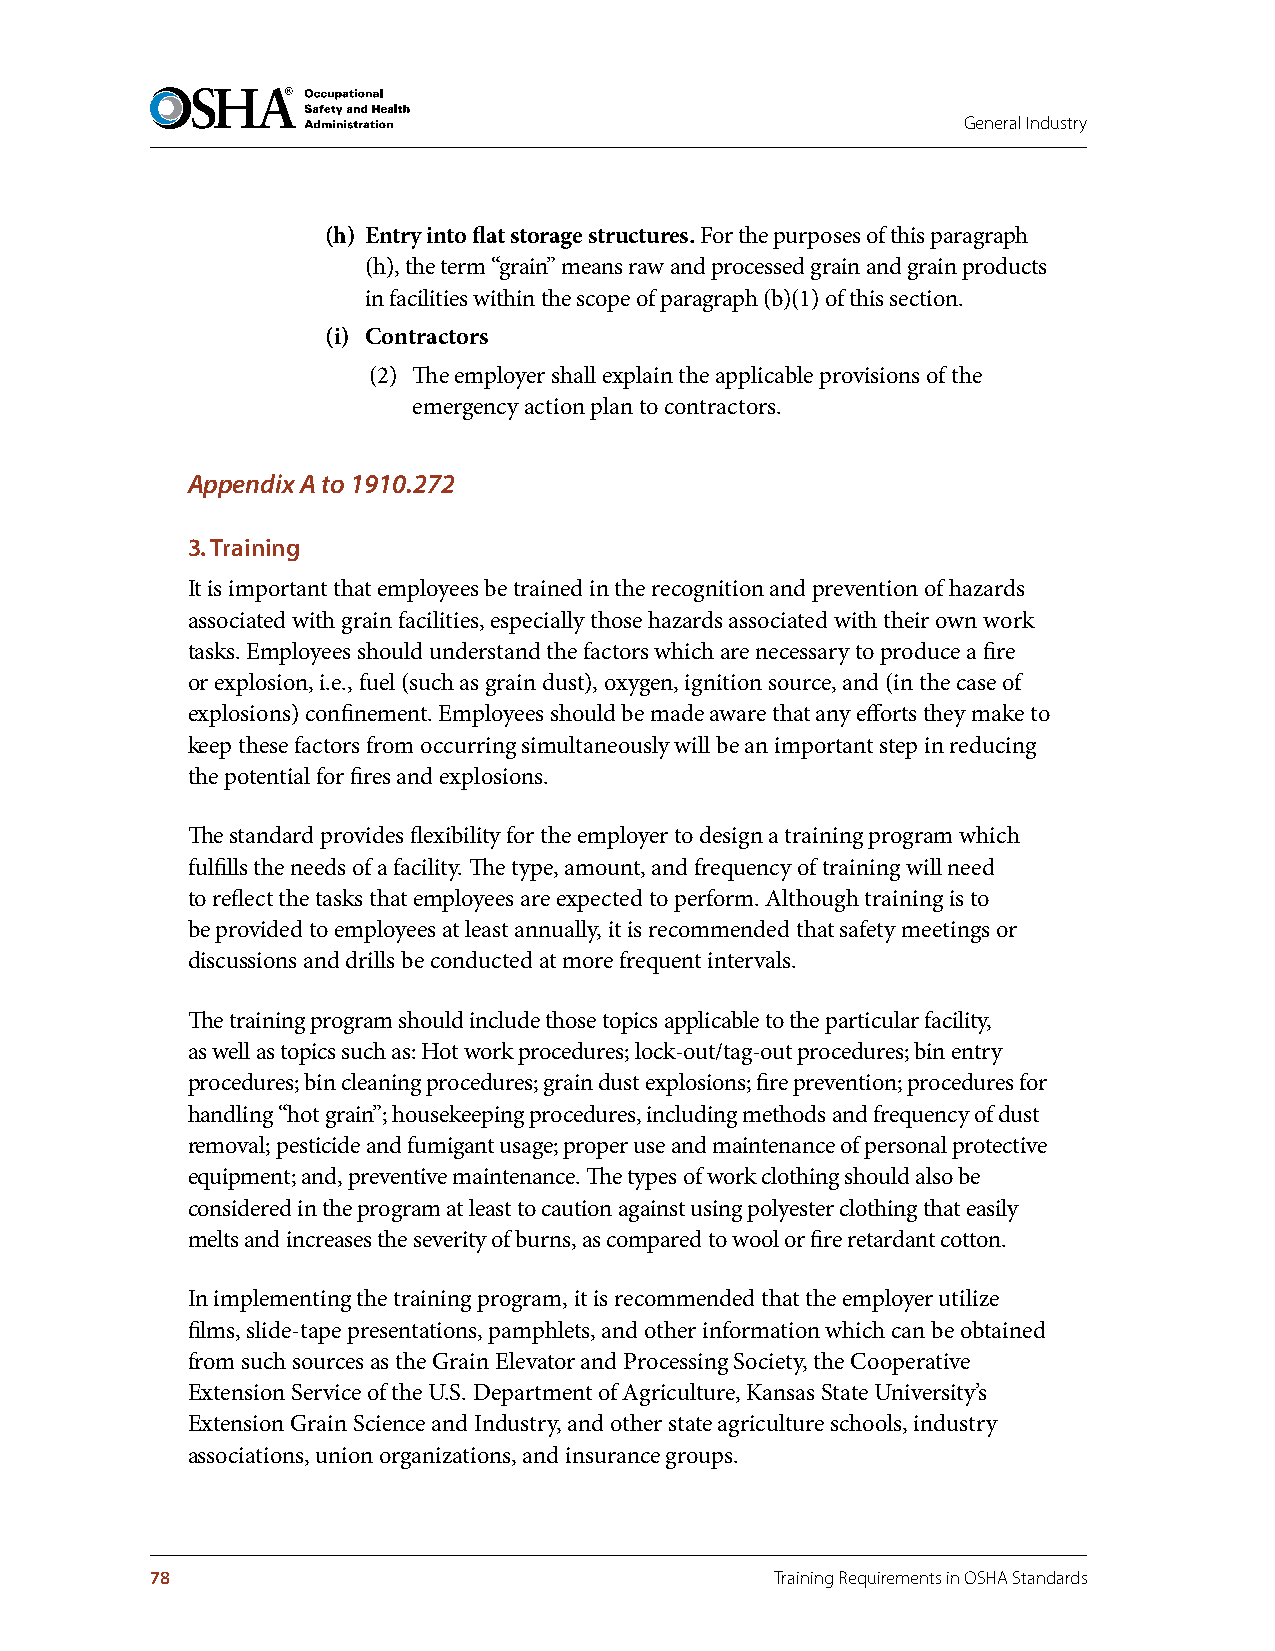
General Industry
 (h) Entry into flat storage structures . For the purposes of this paragraph
 (h), the term “grain” means raw and processed grain and grain products
 in facilities within the scope of paragraph (b)(1) of this section.
 (i) Contractors
 (2) The employer shall explain the applicable provisions of the
 emergency action plan to contractors.
 Appendix A to 1910.272
 3. Training
 It is important that employees be trained in the recognition and prevention of hazards
 associated with grain facilities, especially those hazards associated with their own work
 tasks. Employees should understand the factors which are necessary to produce a fire
 or explosion, i.e., fuel (such as grain dust), oxygen, ignition source, and (in the case of
 explosions) confinement. Employees should be made aware that any efforts they make to
 keep these factors from occurring simultaneously will be an important step in reducing
 the potential for fires and explosions.
 The standard provides flexibility for the employer to design a training program which
 fulfills the needs of a facility. The type, amount, and frequency of training will need
 to reflect the tasks that employees are expected to perform. Although training is to
 be provided to employees at least annually, it is recommended that safety meetings or
 discussions and drills be conducted at more frequent intervals.
 The training program should include those topics applicable to the particular facility,
 as well as topics such as: Hot work procedures; lock-out/tag-out procedures; bin entry
 procedures; bin cleaning procedures; grain dust explosions; fire prevention; procedures for
 handling “hot grain”; housekeeping procedures, including methods and frequency of dust
 removal; pesticide and fumigant usage; proper use and maintenance of personal protective
 equipment; and, preventive maintenance. The types of work clothing should also be
 considered in the program at least to caution against using polyester clothing that easily
 melts and increases the severity of burns, as compared to wool or fire retardant cotton.
 In implementing the training program, it is recommended that the employer utilize
 films, slide-tape presentations, pamphlets, and other information which can be obtained
 from such sources as the Grain Elevator and Processing Society, the Cooperative
 Extension Service of the U.S. Department of Agriculture, Kansas State University’s
 Extension Grain Science and Industry, and other state agriculture schools, industry
 associations, union organizations, and insurance groups.
 78                                       Training Requirements in OSHA Standards